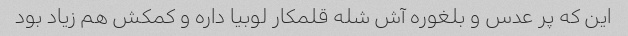
این که پر عدس و بلغوره آش شله قلمکار لوبیا داره و کمکش هم زیاد بود